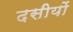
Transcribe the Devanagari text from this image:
दसीयों